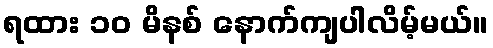
ရထား ၁၀ မိနစ် နောက်ကျပါလိမ့်မယ်။